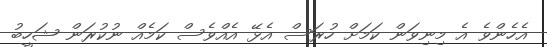
އެހެންވެ އެ މިނިވަން ކަމަށް ހުރަސް އެޅޭ އެއްވެސް ކަމެއް ނުކުރަން ޝަހީބު